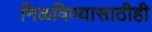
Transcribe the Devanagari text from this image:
मिळविण्यासाठीही